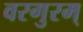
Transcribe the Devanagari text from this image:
वरगुरम्